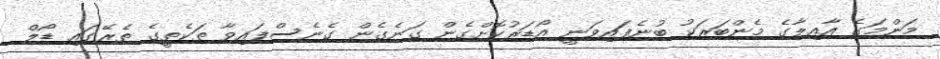
މަންމަގެ އާއިލާގެ މެންބަރަކު ބުނެފައިވަނީ އޯޑަރުކޮށްގެން ގަނެގެން ގެނެސްފައިވާ ތަކެތީގެ ތެރޭގައި ޑޯލް